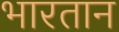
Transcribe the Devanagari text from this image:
भारतान